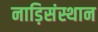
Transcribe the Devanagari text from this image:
नाड़िसंस्थान